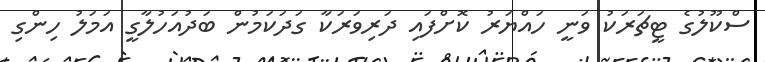
ސްކޫލުގެ ޓީޗަރަކު ވަނީ ހައްޔަރު ކޮށްފައި ދަރިވަރަކާ ގަދަކަމުން ބަދުއަހުލާގީ އަމަލު ހިންގި